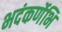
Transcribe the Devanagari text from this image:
भदंकर्णेभि